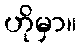
ဟိုမှာ။